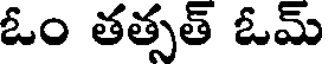
ఓం తత్సత్ ఓమ్